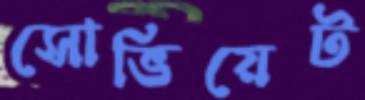
সোভিয়েট